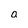
Character: a